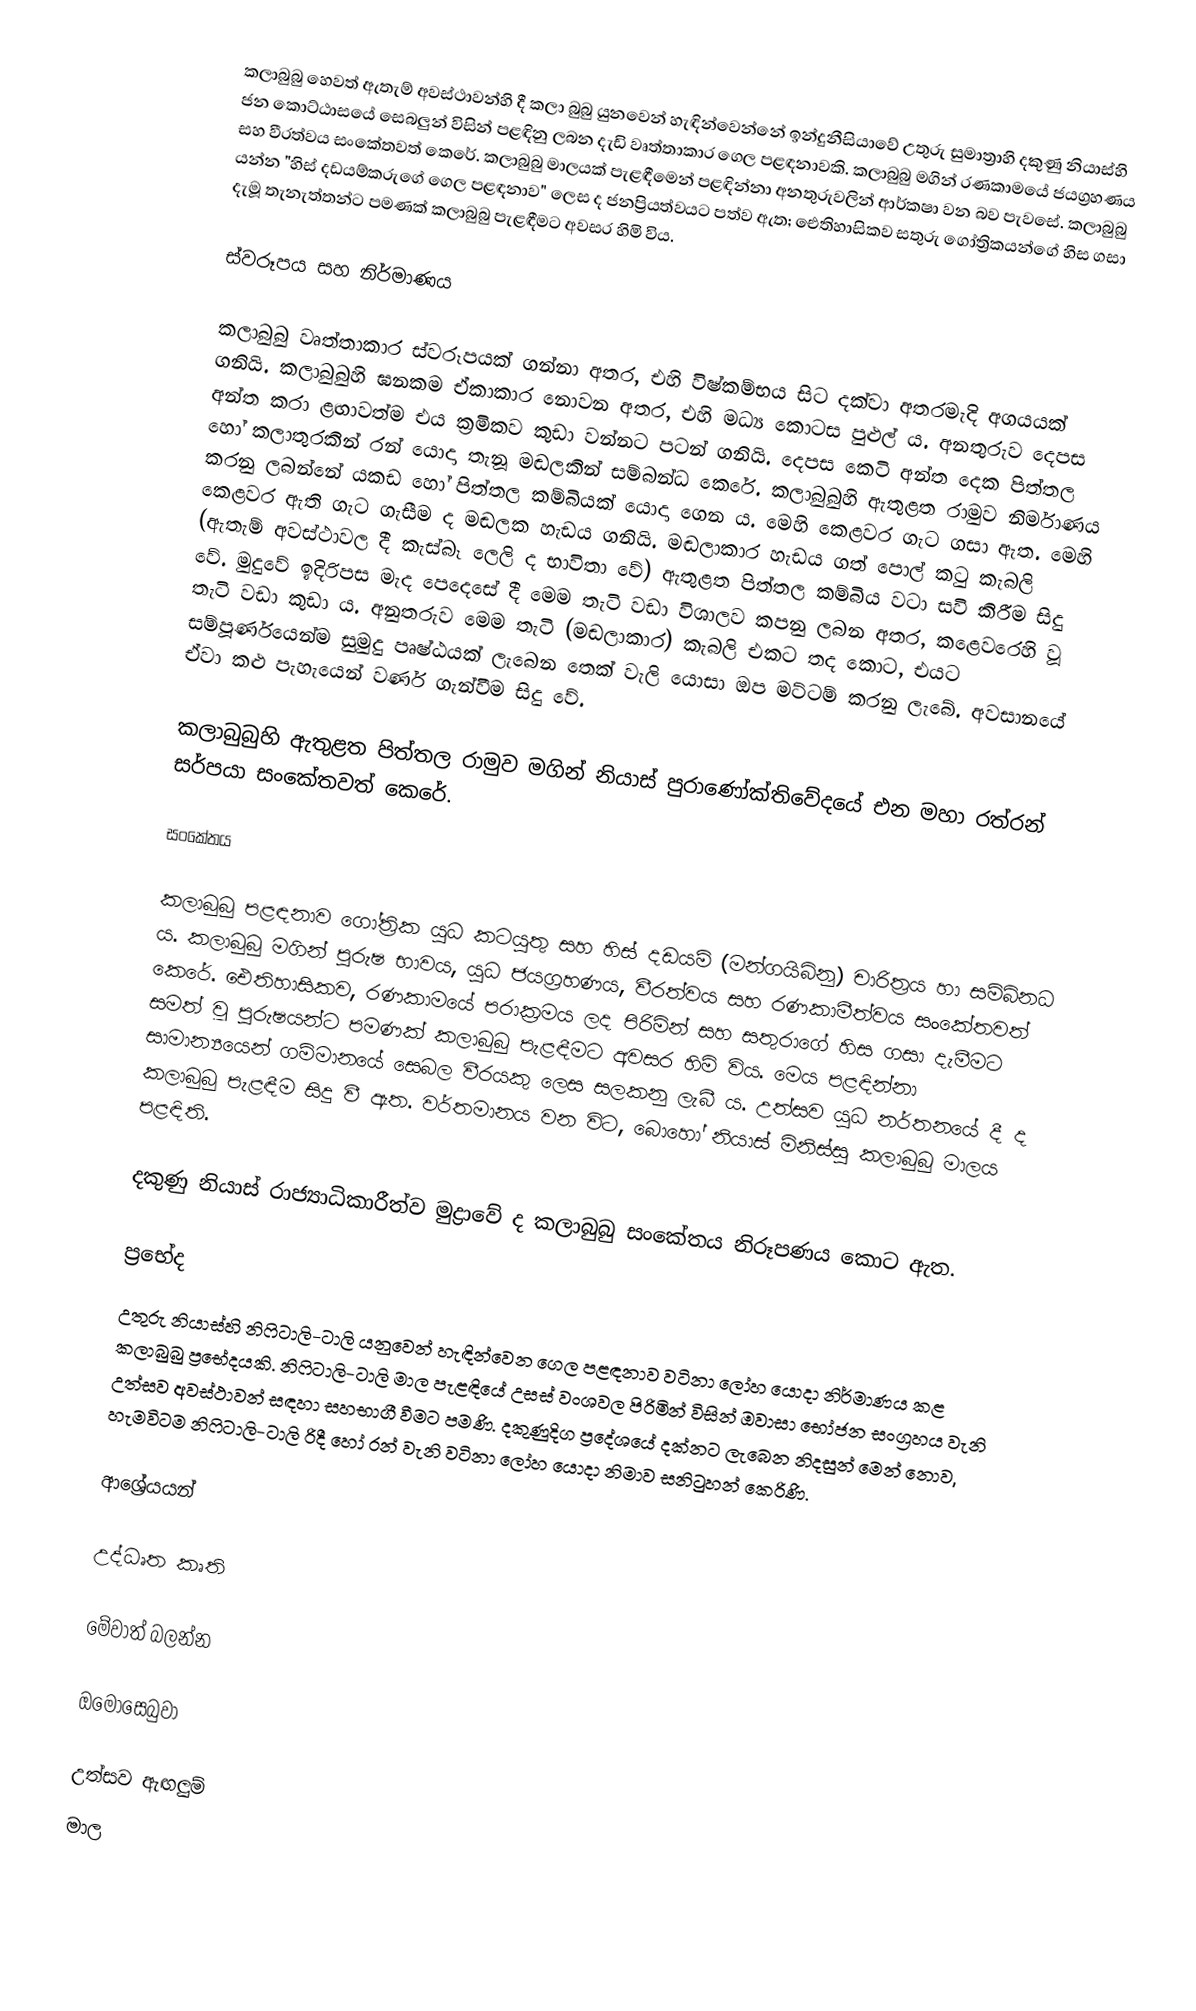
කලාබුබු හෙවත් ඇතැම් අවස්ථාවන්හි දී කලා බුබු යුනවෙන් හැඳින්වෙන්නේ ඉන්දුනීසියාවේ උතුරු සුමාත්‍රාහි දකුණු නියාස්හි ජන කොට්ඨාසයේ සෙබලුන් විසින් පළඳිනු ලබන දැඩි වෘත්තාකාර ගෙල ‍පළඳනාවකි. කලාබුබු මගින් රණකාමයේ ජයග්‍රහණය සහ වීරත්වය සංකේතවත් කෙරේ. කලාබුබු මාලයක් පැළඳීමෙන් පළඳින්නා අනතුරුවලින් ආර්කෂා වන බව පැවසේ. කලාබුබු යන්න "හිස් දඩයම්කරුගේ ගෙල පළඳනාව" ලෙස ද ජනප්‍රියත්වයට පත්ව ඇත; ඓතිහාසිකව සතුරු ගෝත්‍රිකයන්ගේ හිස ගසා දැමූ තැනැත්තන්ට පමණක් කලාබුබු පැළඳීමට අවසර හිමි විය.

ස්වරූපය සහ නිර්මාණය

කලාබුබු වෘත්තාකාර ස්වරූපයක් ගන්නා අතර, එහි විෂ්කම්භය  සිට  දක්වා අතරමැදි අගයයක් ගනියි. කලාබුබුහි ඝනකම ඒකාකාර නොවන අතර, එහි මධ්‍ය කොටස පුළුල් ය. අනතුරුව දෙපස අන්ත කරා ළඟාවත්ම එය ක්‍රමිකව කුඩා වන්නට පටන් ගනියි. දෙපස කෙටි අන්ත දෙක පිත්තල හෝ කලාතුරකින් රන් යොදා තැනූ මඬලකින් සම්බන්ධ කෙරේ. කලාබුබුහි ඇතුළත රාමුව නිර්මාණය කරනු ලබන්නේ යකඩ හෝ පිත්තල කම්බියක් යොදා ගෙන ය. මෙහි කෙළවර ගැට ගසා ඇත. මෙහි කෙළවර ඇති ගැට ගැසීම ද මඬලක හැඩය ගනියි. මඬලාකාර හැඩය ගත් පොල් කටු කැබලි (ඇතැම් අවස්ථාවල දී කැස්බෑ ලෙලි ද භාවිතා වේ) ඇතුළත පිත්තල කම්බිය වටා සවි කිරීම සිදු වේ. මුදුවේ ඉදිරිපස මැද පෙදෙසේ දී මෙම තැටි වඩා විශාලව කපනු ලබන අතර, කළෙවරෙහි වූ තැටි වඩා කුඩා ය. අනුතරුව මෙම තැටි (මඬලාකාර) කැබලි එකට තද කොට, එයට සම්පූර්ණයෙන්ම සුමුදු පෘෂ්ඨයක් ලැබෙන තෙක් වැලි යොසා ඔප මට්ටම් කරනු ලැබේ. අවසානයේ ඒවා කළු පැහැයෙන් වර්ණ ගැන්වීම සිදු වේ.

කලාබුබුහි ඇතුළත පිත්තල රාමුව මගින් නියාස් පුරාණෝක්තිවේදයේ එන මහා රත්රන් සර්පයා සංකේතවත් කෙරේ.

සංකේතය

කලාබුබු පළඳනාව ගෝත්‍රික යුධ කටයුතු සහ හිස් දඩයම් (මන්ගයිබිනු) චාරිත්‍රය හා සම්බ්නධ ය. කලාබුබු මගින් පුරුෂ භාවය, යුධ ජයග්‍රහණය, වීරත්වය සහ රණකාමීත්වය සංකේතවත් කෙරේ. ඓතිහාසිකව, රණකාමයේ පරාක්‍රමය ලද පිරිමින් සහ සතුරාගේ හිස ගසා දැමීමට සමත් වූ පුරුෂයන්ට පමණක් කලාබුබු පැළඳීමට අවසර හිමි විය. මෙය පළඳින්නා සාමාන්‍යයෙන් ගම්මානයේ සෙබල වීරයකු ලෙස සලකනු ලැබී ය. උත්සව යුධ නර්තනයේ දී ද කලාබුබු පැළඳීම සිදු වී ඇත. වර්තමානය වන විට, බොහෝ නියාස් මිනිස්සු කලාබුබු මාලය පළඳිති.

දකුණු නියාස් රාජ්‍යාධිකාරීත්ව මුද්‍රාවේ ද කලාබුබු සංකේතය නිරූපණය කොට ඇත.

ප්‍රභේද
උතුරු නියාස්හි නිෆිටාලි-ටාලි යනුවෙන් හැඳින්වෙන ගෙල පළඳනාව වටිනා ලෝහ යොදා නිර්මාණය කළ කලාබුබු ප්‍රභේදයකි. නිෆිටාලි-ටාලි මාල පැළඳියේ උසස් වංශවල පිරිමින් විසින් ඔවාසා භෝජන සංග්‍රහය වැනි උත්සව අවස්ථාවන් සඳහා සහභාගී වීමට පමණි. දකුණුදිග ප්‍රදේශයේ දක්නට ලැබෙන නිදසුන් මෙන් නොව, හැමවිටම නිෆිටාලි-ටාලි රිදී හෝ රන් වැනි වටිනා ලෝහ යොදා නිමාව සනිටුහන් කෙරිණි.

ආශ්‍රේයයන්

උද්ධෘත කෘති

මේවාත් බලන්න

ඔමොසෙබුවා

උත්සව ඇඟලුම්
මාල